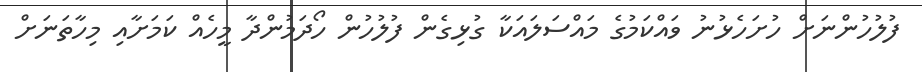
ފުލުހުންނަށް ހުށަހެޅުނު ވައްކަމުގެ މައްސަލައަކާ ގުޅިގެން ފުލުހުން ހޯދަމުންދާ މީހެއް ކަމަށާއި މިހާތަނަށް